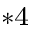
^ { * 4 }